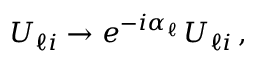
U _ { \ell i } \to e ^ { - i \alpha _ { \ell } } \, U _ { \ell i } \, ,